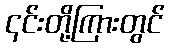
၎င်းတို့ကြားတွင်